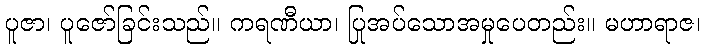
ပူဇာ၊ ပူဇော်ခြင်းသည်။ ကရဏီယာ၊ ပြုအပ်သောအမှုပေတည်း။ မဟာရာဇ၊